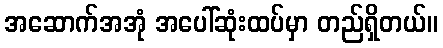
အဆောက်အအုံ အပေါ်ဆုံးထပ်မှာ တည်ရှိတယ်။